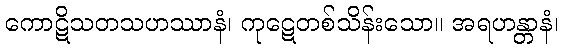
ကောဋိသတသဟဿာနံ၊ ကုဋေတစ်သိန်းသော။ အရဟန္တာနံ၊